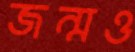
জন্মও